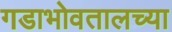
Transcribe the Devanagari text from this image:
गडाभोवतालच्या